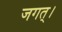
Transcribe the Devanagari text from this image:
जगत्।